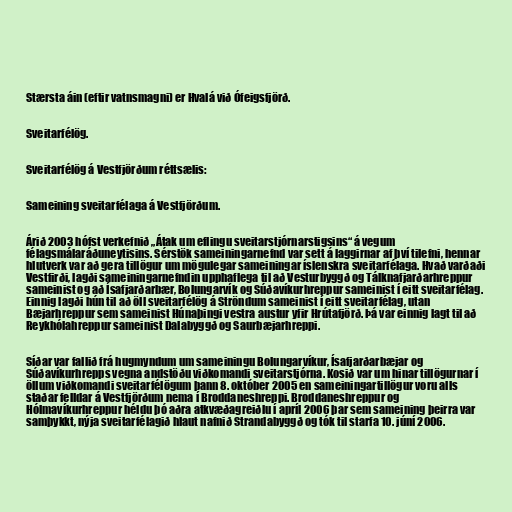
Stærsta áin (eftir vatnsmagni) er Hvalá við Ófeigsfjörð.

Sveitarfélög.

Sveitarfélög á Vestfjörðum réttsælis:

Sameining sveitarfélaga á Vestfjörðum.

Árið 2003 hófst verkefnið „Átak um eflingu sveitarstjórnarstigsins“ á vegum
félagsmálaráðuneytisins. Sérstök sameiningarnefnd var sett á laggirnar af því tilefni, hennar
hlutverk var að gera tillögur um mögulegar sameiningar íslenskra sveitarfélaga. Hvað varðaði
Vestfirði, lagði sameiningarnefndin upphaflega til að Vesturbyggð og Tálknafjarðarhreppur
sameinist og að Ísafjarðarbær, Bolungarvík og Súðavíkurhreppur sameinist í eitt sveitarfélag.
Einnig lagði hún til að öll sveitarfélög á Ströndum sameinist í eitt sveitarfélag, utan
Bæjarhreppur sem sameinist Húnaþingi vestra austur yfir Hrútafjörð. Þá var einnig lagt til að
Reykhólahreppur sameinist Dalabyggð og Saurbæjarhreppi.

Síðar var fallið frá hugmyndum um sameiningu Bolungarvíkur, Ísafjarðarbæjar og
Súðavíkurhrepps vegna andstöðu viðkomandi sveitarstjórna. Kosið var um hinar tillögurnar í
öllum viðkomandi sveitarfélögum þann 8. október 2005 en sameiningartillögur voru alls
staðar felldar á Vestfjörðum nema í Broddaneshreppi. Broddaneshreppur og
Hólmavíkurhreppur héldu þó aðra atkvæðagreiðlu í apríl 2006 þar sem sameining þeirra var
samþykkt, nýja sveitarfélagið hlaut nafnið Strandabyggð og tók til starfa 10. júní 2006.